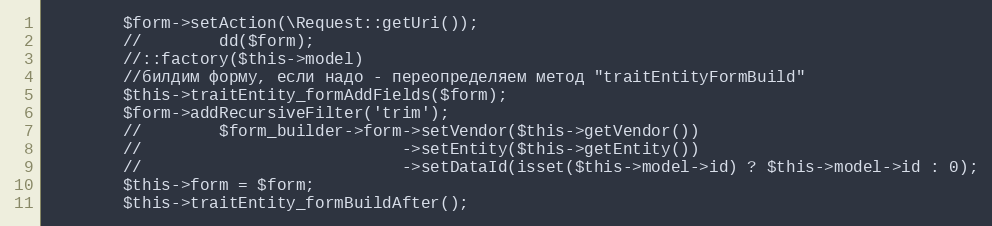
Language: PHP
        $form->setAction(\Request::getUri());
        //        dd($form);
        //::factory($this->model)
        //билдим форму, если надо - переопределяем метод "traitEntityFormBuild"
        $this->traitEntity_formAddFields($form);
        $form->addRecursiveFilter('trim');
        //        $form_builder->form->setVendor($this->getVendor())
        //                           ->setEntity($this->getEntity())
        //                           ->setDataId(isset($this->model->id) ? $this->model->id : 0);
        $this->form = $form;
        $this->traitEntity_formBuildAfter();